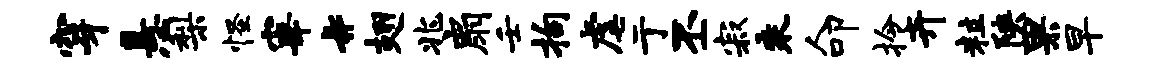
穿悬梨怪宰#翅兆扇壬拘虐亍丕寂乘人叩拎卉粒陕果早